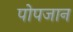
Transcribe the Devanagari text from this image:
पोपजान